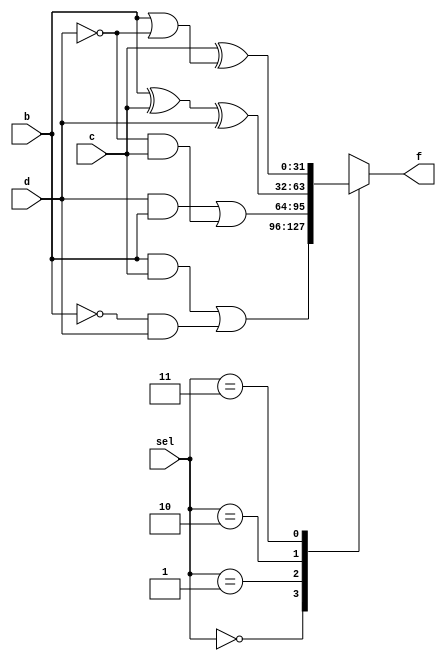
module fcalc (
    input [1:0] sel,
    input [31:0] b,
    input [31:0] c,
    input [31:0] d,
    output reg [31:0] f
);

always @(*) begin
    case (sel)
        // 0 <= i <= 15
        2'b00: f <= (b & c) | (~b & d);
        // 16 <= i <= 31
        2'b01: f <= (d & b) | (~d & c);
        // 32 <= i <= 47
        2'b10: f <= b ^ c ^ d;
        // 48 <= i <= 63
        2'b11: f <= c ^ (b | ~d);
    endcase
end

endmodule